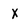
Character: x